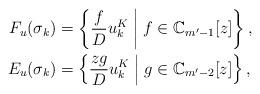
LaTeX: \begin{align*}F_u(\sigma_k)&=\left\lbrace \frac{f}{D}u_k^K \;\middle|\; f\in \mathbb{C}_{m'-1}[z]\right\rbrace ,\\E_u(\sigma_k)&= \left\lbrace \frac{zg}{D}u_k^K \;\middle|\; g\in \mathbb{C}_{m'-2}[z]\right\rbrace ,\end{align*}